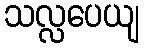
သလ္လပေယျ